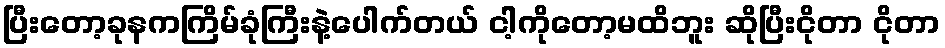
ပြီးတော့ခုနကကြိမ်ခုံကြီးနဲ့ပေါက်တယ် ငါ့ကိုတော့မထိဘူး ဆိုပြီးငိုတာ ငိုတာ